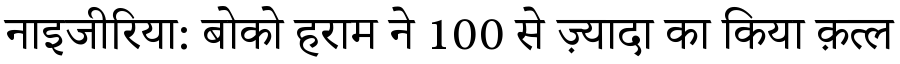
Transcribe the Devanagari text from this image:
नाइजीरिया: बोको हराम ने 100 से ज़्यादा का किया क़त्ल